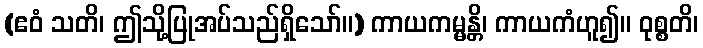
(ဧဝံ သတိ၊ ဤသို့ပြုအပ်သည်ရှိသော်။) ကာယကမ္မန္တိ၊ ကာယကံဟူ၍။ ဝုစ္စတိ၊